Vaccination in the Punjab 1905-1918 - 1905-1918
Year: 1905
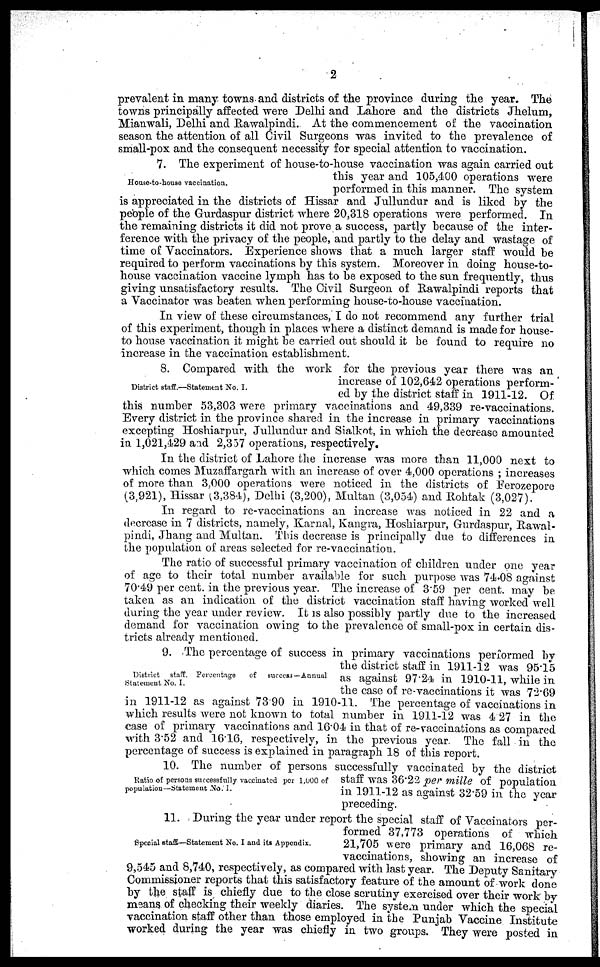
2
prevalent in many towns and districts of the province during the year. The
towns principally affected were Delhi and Lahore and the districts Jhelum,
Mianwali, Delhi and Rawalpindi. At the commencement of the vaccination
season the attention of all Civil Surgeons was invited to the prevalence of
small-pox and the consequent necessity for special attention to vaccination.
House-to-house vaccination.
7. The experiment of house-to-house vaccination was again carried out
this year and 105,400 operations were
performed in this manner. The system
is appreciated in the districts of Hissar and Jullundur and is liked by the
people of the Gurdaspur district where 20,318 operations were performed. In
the remaining districts it did not prove a success, partly because of the inter-
ference with the privacy of the people, and partly to the delay and wastage of
time of Vaccinators. Experience shows that a much larger staff would be
required to perform vaccinations by this system. Moreover in doing house-to-
house vaccination vaccine lymph has to be exposed to the sun frequently, thus
giving unsatisfactory results. The Civil Surgeon of Rawalpindi reports that
a Vaccinator was beaten when performing house-to-house vaccination.
In view of these circumstances, I do not recommend any further trial
of this experiment, though in places where a distinct demand is made for house-
to house vaccination it might be carried out should it be found to require no
increase in the vaccination establishment.
District staff.—Statement No. I.
8. Compared with the work for the previous year there was an
increase of 102,642 operations perform-
ed by the district staff in 1911-12. Of
this number 53,303 were primary vaccinations and 49,339 re-vaccinations.
Every district in the province shared in the increase in primary vaccinations
excepting Hoshiarpur, Jullundur and Sialkot, in which the decrease amounted
in 1,021,429 and 2,357 operations, respectively.
In the district of Lahore the increase was more than 11,000 next to
which comes Muzaffargarh with an increase of over 4,000 operations ; increases
of more than 3,000 operations were noticed in the districts of Ferozepore
(3,921), Hissar (3,384), Delhi (3,200), Multan (3,054) and Rohtak (3,027).
In regard to re-vaccinations an increase was noticed in 22 and a
decrcase in 7 districts, namely, Karnal, Kangra, Hoshiarpur, Gurdaspur, Rawal-
pindi, Jhang and Multan. This decrease is principally due to differences in
the population of areas selected for re-vaccination.
The ratio of successful primary vaccination of children under one year
of age to their total number available for such purpose was 74.08 against
70.49 per cent. in the previous year. The increase of 3.59 per cent. may be
taken as an indication of the district vaccination staff having worked well
during the year under review. It is also possibly partly due to the increased
demand for vaccination owing to the prevalence of small-pox in certain dis-
tricts already mentioned.
District staff. Percentage
of success —Annual
Statement No. I.
9. The percentage of success in primary vaccinations performed by
the district staff in 1911-12 was 95.15
as against 97.24 in 1910-11, while in
the case of re-vaccinations it was 72.69
in 1911-12 as against 73.90 in 1910-11. The percentage of vaccinations in
which results were not known to total number in 1911-12 was 4 27 in the
case of primary vaccinations and 16.04 in that of re-vaccinations as compared
with 3.52 and 16.16, respectively, in the previous year. The fall in the
percentage of success is explained in paragraph 18 of this report.
Ratio of persons successfully vaccinated per 1,000 of
population—Statement No. I.
10. The number of persons successfully vaccinated by the district
staff was 36.22 per mille of population
in 1911-12 as against 32.59 in the year
preceding.
Special staff—Statement No. I and its Appendix.
11. During the year under report the special staff of Vaccinators per-
formed 37,773 operations of which
21,705 were primary and 16,068 re-
vaccinations, showing an increase of
9,545 and 8,740, respectively, as compared with last year. The Deputy Sanitary
Commissioner reports that this satisfactory feature of the amount of work done
by the staff is chiefly due to the close scrutiny exercised over their work by
means of checking their weekly diaries. The system under which the special
vaccination staff other than those employed in the Punjab Vaccine Institute
worked during the year was chiefly in two groups. They were posted in